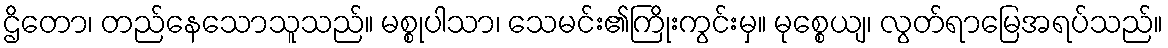
ဌိတော၊ တည်နေသောသူသည်။ မစ္စုပါသာ၊ သေမင်း၏ကြိုးကွင်းမှ။ မုစ္စေယျ၊ လွတ်ရာမြေအရပ်သည်။